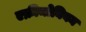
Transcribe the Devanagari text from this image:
एक्रीमोनियम